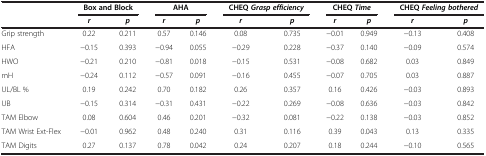
|  | <COLSPAN=2> Box and Block | <COLSPAN=2> AHA | <COLSPAN=2> CHEQ Grasp efficiency | <COLSPAN=2> CHEQ Time | <COLSPAN=2> CHEQ Feeling bothered |
 |  | r | p | r | p | r | p | r | p | r | p |
 | --- | --- | --- | --- | --- | --- | --- | --- | --- | --- | --- |
 | Grip strength | 0.22 | 0.211 | 0.57 | 0.146 | 0.08 | 0.735 | −0.01 | 0.949 | −0.13 | 0.408 |
 | HFA | −0.15 | 0.393 | −0.94 | 0.055 | −0.29 | 0.228 | −0.37 | 0.140 | −0.09 | 0.574 |
 | HWO | −0.21 | 0.210 | −0.81 | 0.018 | −0.15 | 0.531 | −0.08 | 0.682 | 0.03 | 0.849 |
 | mH | −0.24 | 0.112 | −0.57 | 0.091 | −0.16 | 0.455 | −0.07 | 0.705 | 0.03 | 0.887 |
 | UL/BL % | 0.19 | 0.242 | 0.70 | 0.182 | 0.26 | 0.357 | 0.16 | 0.426 | −0.03 | 0.893 |
 | UB | −0.15 | 0.314 | −0.31 | 0.431 | −0.22 | 0.269 | −0.08 | 0.636 | −0.03 | 0.842 |
 | TAM Elbow | 0.08 | 0.604 | 0.46 | 0.201 | −0.32 | 0.081 | −0.22 | 0.138 | −0.03 | 0.852 |
 | TAM Wrist Ext-Flex | −0.01 | 0.962 | 0.48 | 0.240 | 0.31 | 0.116 | 0.39 | 0.043 | 0.13 | 0.335 |
 | TAM Digits | 0.27 | 0.137 | 0.78 | 0.042 | 0.24 | 0.207 | 0.18 | 0.244 | −0.10 | 0.565 |